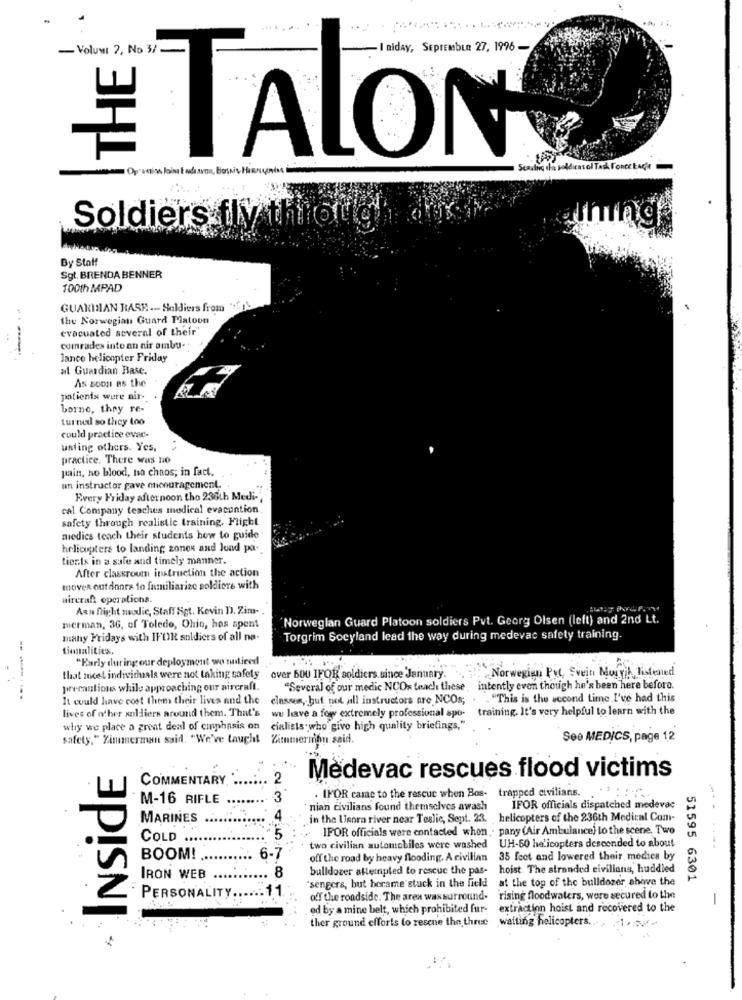
-Volume 2, No 3/ -
- I niday, SEprEmbuR 27, 1996 --
# TALON
Scaring thu soldiens ol Task Force tade
Soldiers fly through
By Staff
Sgt. BRENDA BENNER
100th MPAD
GUARINIAN RASH -- Soldiers from
the Norwegian Guard Platoon
evacuated several of their
comrades into an nir ambu-
lance helicopter Friday
al Guardian Base.
As soon as the
patients were air-
borne, they re-
tureund so they too
could practice evac-
usting others. Yes,
practice. There was no
pain, no blood, to chaos; in fact.
un instructor gave encouragement.
Every Friday afternoon tho 236th Medi -,
cal Company teaches medical evacuntion
safety through realistic training. Flight
medics teach their students how to guide
helicopters to landing zones and load pa-
tiorts in a safe and timely manner.
After classroom instruction the action
mover out dones to familiarize soldiers with
aircraft operations.
Asu flight nulic, Staff Sgt. Kevin D. Zim-
Norweglan Guard Platoon soldiers Pvt. Georg Olsen (left) and 2nd Lt.
merman, 36, of Toledo, Ohio, has spent
many Fridays with IFOR soldiers of all na-
Torgrim Socyland lead the way during medevac safety training.
tionalities,
"Early during our deployment wo minticed
: Norwegian Put, Svein Moryik, listened
that meet individuals were not taking safely over 600 IFOR soldiers since January.
precautions while approaching our aircraft.
"Several of our medic NCOs teach these , intently even though he's been here before.
------
It could have cost them their lives and the classes, but not all instructors are NCOs; . . "This is the second time I've had this
lives of other soldiers around them. That's
we have a fow extremely professional spo- training. It's very helpful to learn with the
why we place a great deal of emphasis on
cialists who give high quality briefings,"
safety," Zimmerman said. "We've taught Zimmerinihn said.
See MEDICS, page 12
INSidE
Medevac rescues flood victims
COMMENTARY
2
. IFOR came to the rescue when Bos- trapped civilians.
M-16 RIFLE
3
nian civilians found themselves awash IFOR officials dispatched medevac
MARINES
4
in the Usora river near Tealic, Sept. 23. helicopters of the 236th Medical Com-
IPOR officials were contacted when . pany (Air Ambulance) lo the scene, Two
COLD ...
^ 5
UH-60 helicopters descended to about
two civilian automobiles were washed
-.-----
BOOM!
6-7
off the road by heavy flooding. A civilian
35 feet and lowered their, medies by
8
bulldozer attempted to rescue the pas- hoist The stranded civilians, huddled
IRON WEB
"sengers, but herame stuck in the field at the top of the bulldozer ahiwe the
51595 6301
2
PERSONALITY ...... 11
off the roadside. The area wassurround- rising floodwaters, were secured to the
-
ed by a mine belt, which prohibited fur- extraction hoist and recovered to the
ther ground efforts to resene the three waiting helicopters ..., 1 , ;.